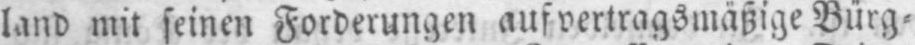
land mit seinen Forderungen auf vertragsmäßige Bürg⸗